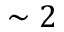
\sim 2